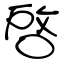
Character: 啓